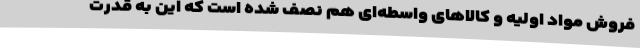
فروش مواد اولیه و کالاهای واسطه‌‌ای هم نصف شده است که این به قدرت